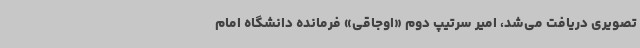
تصویری دریافت می‌شد، امیر سرتیپ دوم «اوجاقی» فرمانده دانشگاه امام